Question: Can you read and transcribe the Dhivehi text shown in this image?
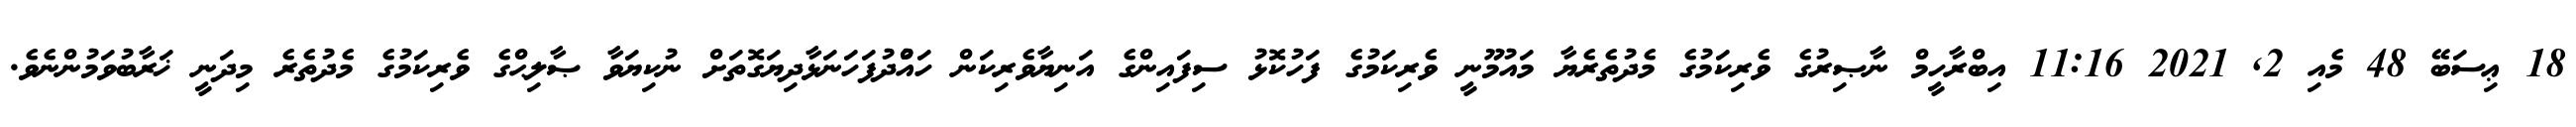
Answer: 18 ޢިސަބޭ 48 މެއި 2, 2021 11:16 އިބްރާހީމް ނާޞިރުގެ ވެރިކަމުގެ މެދުތެރެޔާ މައުމޫނީ ވެރިކަމުގެ ފަހުކޮޅު ސިފައިންގެ އަނިޔާވެރިކަން ހައްުދުފަހަނަޅާދިޔަގޮތަށް ނުކިޔަވާ ޞާލިޙްގެ ވެރިކަމުގެ މެދުތެރެ މިދަނީ ޚަރާބުވަމުންނެވެ.